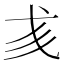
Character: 𢦑